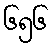
၆၅၆